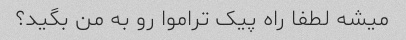
میشه لطفا راه پیک تراموا رو به من بگید؟